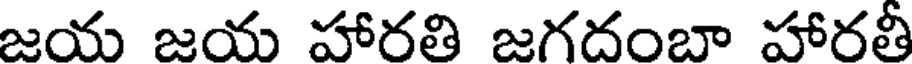
జయ జయ హారతి జగదంబా హారతీ